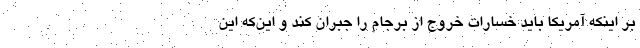
بر اینکه آمریکا باید خسارات خروج از برجام را جبران کند و این‌که این